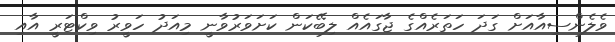
ވެލެންސިއާއަށް ގަދަ ހަތަރެއްގެ ޖާގައެއް ލިބޭކަން ކަށަވަރުވާނީ މިއަދު ހަވީރު ވިކްޓަރީ އާއި